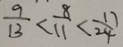
\frac { 9 } { 1 3 } < \frac { 8 } { 1 1 } < \frac { 1 7 } { 2 4 }